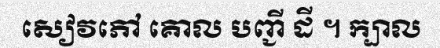
សៀវភៅ គោល បញ្ជី ដី ។ ក្បាល